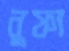
নুফা